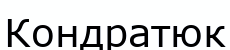
Кондратюк